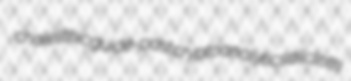
cholelithic guide-post cryptoanalytic sailcloth